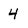
Character: 4